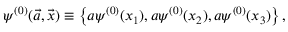
\psi ^ { ( 0 ) } ( \vec { a } , \vec { x } ) \equiv \left\{ a \psi ^ { ( 0 ) } ( x _ { 1 } ) , a \psi ^ { ( 0 ) } ( x _ { 2 } ) , a \psi ^ { ( 0 ) } ( x _ { 3 } ) \right\} ,